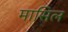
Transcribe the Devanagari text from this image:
मासिल